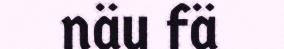
näu fä